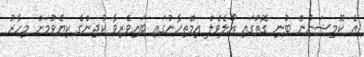
އެ ކޮމިޝަނުން ބުނި ގޮތުގައި އޯލެވެލް އިމްތިހާނުގައި ބައިވެރިވާ ކުދިންގެ ކިޔެވުމަށް މިހާރު